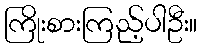
ကြိုးစားကြည့်ပါဦး။